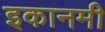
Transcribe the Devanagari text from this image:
इकानमी